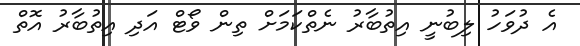
އެ ދުވަހު ލިބުނީ އިތުބާރު ނެތްކަމަށް ތިން ވޯޓް އަދި އިތުބާރު އޮތް